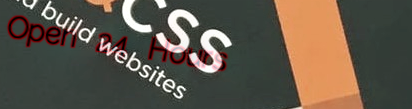
Open 24 Hours